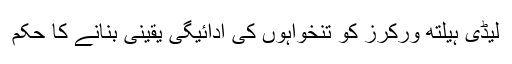
لیڈی ہیلتھ ورکرز کو تنخواہوں کی ادائیگی یقینی بنانے کا حکم